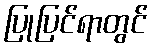
ပြုပြင်ရာတွင်